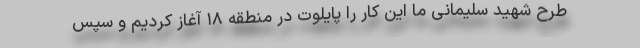
طرح شهید سلیمانی ما این کار را پایلوت در منطقه ۱۸ آغاز کردیم و سپس